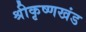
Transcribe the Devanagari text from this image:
श्रीकृष्णखंड